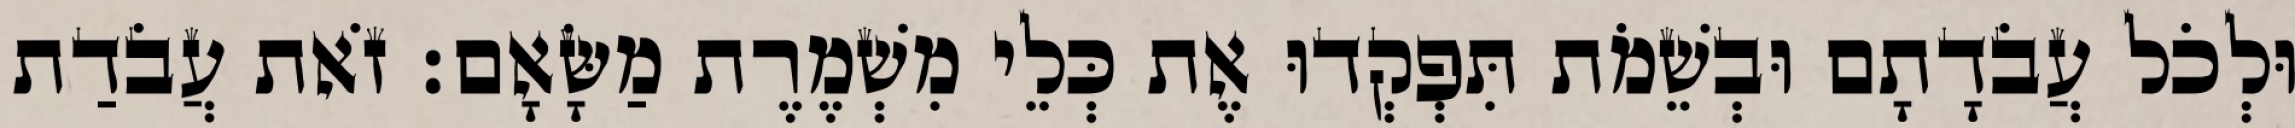
וּלְכֹל עֲבֹדָתָם וּבְשֵׁמֹת תִּפְקְדוּ אֶת כְּלֵי מִשְׁמֶרֶת מַשָּׂאָם׃ זֹאת עֲבֹדַת